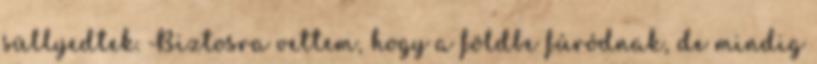
süllyedtek. Biztosra vettem, hogy a földbe fúródnak, de mindig